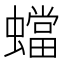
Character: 蟷